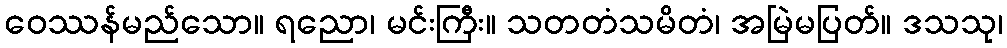
ဝေဿန်မည်သော။ ရညော၊ မင်းကြီး။ သတတံသမိတံ၊ အမြဲမပြတ်။ ဒသသု၊